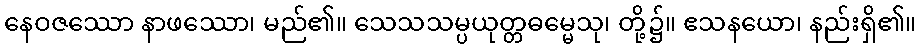
နေဝဇဿော နာဖဿော၊ မည်၏။ သေသသမ္ပယုတ္တဓမ္မေသု၊ တို့၌။ ဧသနယော၊ နည်းရှိ၏။